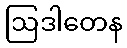
ဩဒါတေန